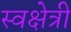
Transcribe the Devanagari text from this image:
स्वक्षेत्री